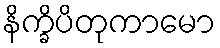
နိက္ခိပိတုကာမော